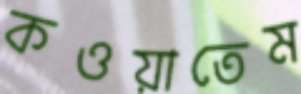
কওয়াতেম